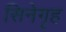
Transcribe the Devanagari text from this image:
सिनेगृह